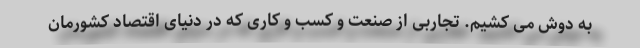
به دوش می کشیم. تجاربی از صنعت و کسب و کاری که در دنیای اقتصاد کشورمان